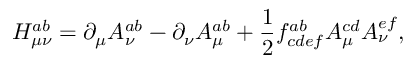
H _ { \mu \nu } ^ { a b } = \partial _ { \mu } A _ { \nu } ^ { a b } - \partial _ { \nu } A _ { \mu } ^ { a b } + \frac { 1 } { 2 } f _ { c d e f } ^ { a b } A _ { \mu } ^ { c d } A _ { \nu } ^ { e f } ,